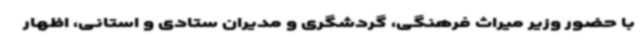
با حضور وزیر میراث فرهنگی، گردشگری و مدیران ستادی و استانی، اظهار